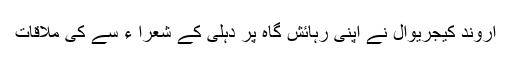
اروند کیجریوال نے اپنی رہائش گاہ پر دہلی کے شعرا ء سے کی ملاقات